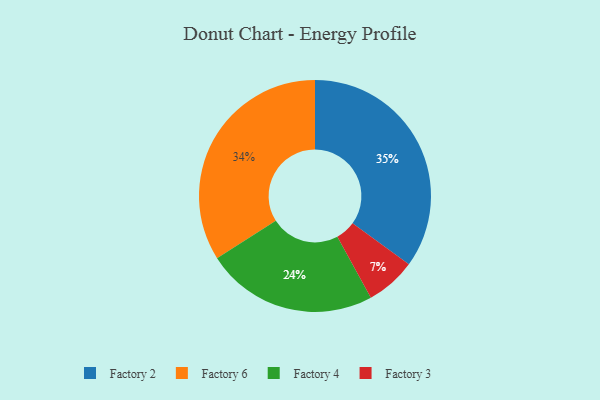
{"axis": {"x": "Category", "y": "Percentage"}, "legend": ["Factory 2", "Factory 3", "Factory 4", "Factory 6"], "data": [{"x": "Factory 4", "y": 24, "type": "Factory 4"}, {"x": "Factory 3", "y": 7, "type": "Factory 3"}, {"x": "Factory 2", "y": 35, "type": "Factory 2"}, {"x": "Factory 6", "y": 34, "type": "Factory 6"}]}